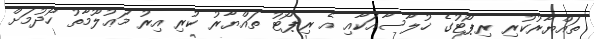
ތައްޔާރުކުރި ރިޕޯޓުގެ ޚުލާސާއަކާއި އެ ރިޕޯޓު ތައްޔާރު ކުރި އިރު މަޢުލޫމާތު ހޯދުމަށް